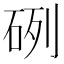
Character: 𥒂